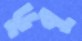
ডুবু